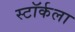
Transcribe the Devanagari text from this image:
स्टॉर्कला